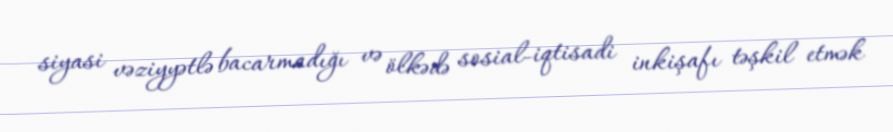
siyasi vəziyyətlə bacarmadığı və ölkədə sosial-iqtisadi inkişafı təşkil etmək